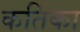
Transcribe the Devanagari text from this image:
कर्तिका